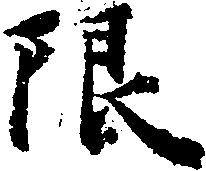
限